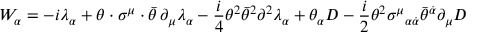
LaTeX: W _ { \alpha } = - i \lambda _ { \alpha } + \theta \cdot \sigma ^ { \mu } \cdot \bar { \theta } \, \partial _ { \mu } \lambda _ { \alpha } - \frac { i } { 4 } \theta ^ { 2 } \bar { \theta } ^ { 2 } \partial ^ { 2 } \lambda _ { \alpha } + \theta _ { \alpha } D - \frac { i } { 2 } \theta ^ { 2 } \sigma ^ { \mu } { } _ { \alpha \dot { \alpha } } \bar { \theta } ^ { \dot { \alpha } } \partial _ { \mu } D